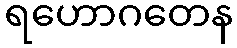
ရဟောဂတေန